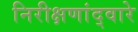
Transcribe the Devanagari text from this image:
निरीक्षणांद्वारे